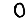
Digit: 0